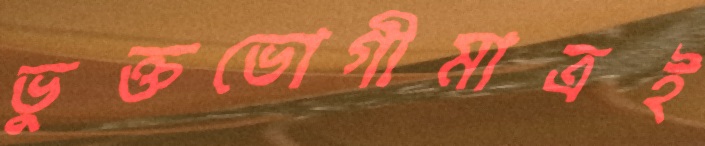
ভুক্তভোগীমাত্রই